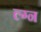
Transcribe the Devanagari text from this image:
ल्ग्न